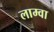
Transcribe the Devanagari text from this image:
लाम्वा